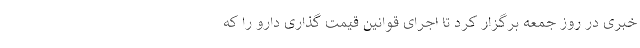
خبری در روز جمعه برگزار کرد تا اجرای قوانین قیمت گذاری دارو را که